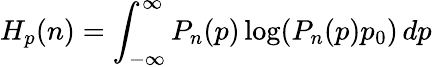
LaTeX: H_{p}(n)=\int_{-\infty}^{\infty}P_{n}(p)\log(P_{n}(p)p_{0})\, dp